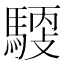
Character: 𩤳